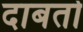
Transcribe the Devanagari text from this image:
दाबतो